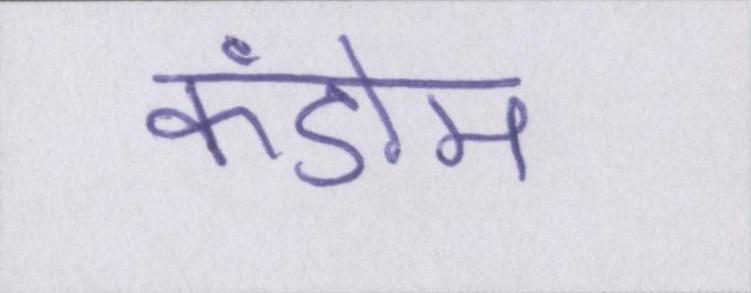
कंडोम